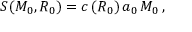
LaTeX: S ( M _ { 0 } , R _ { 0 } ) = c \, ( R _ { 0 } ) \, a _ { 0 } \, M _ { 0 } \, ,